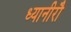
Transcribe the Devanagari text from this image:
ध्यानीरौ